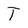
Character: T